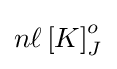
n\ell \left[K\right]_{J}^{o}